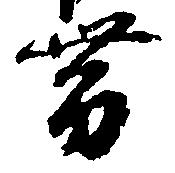
帯